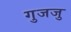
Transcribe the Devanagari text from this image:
गुजजु